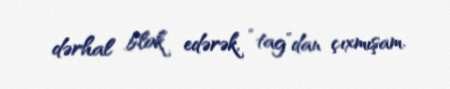
dərhal blok edərək, “tag”dan çıxmışam.